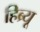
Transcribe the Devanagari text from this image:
हिब्र्यू